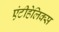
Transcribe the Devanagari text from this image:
एंटीहेलिक्स